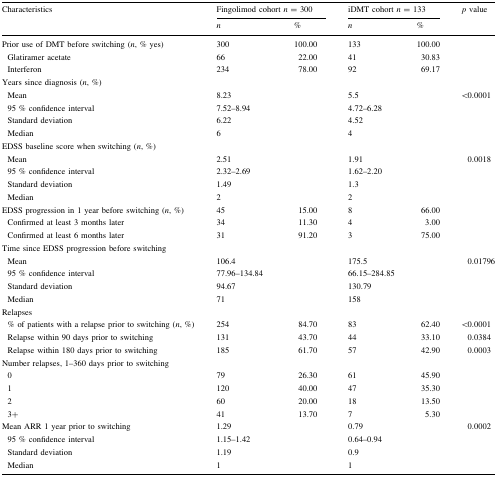
<table><thead><tr><td rowspan="2"><b>Characteristics</b></td><td colspan="2"><b>Fingolimod cohort <i>n</i> = 300</b></td><td colspan="2"><b>iDMT cohort <i>n</i> = 133</b></td><td rowspan="2"><b><i>p</i> value</b></td></tr><tr><td><b><i>n</i></b></td><td><b>%</b></td><td><b><i>n</i></b></td><td><b>%</b></td></tr></thead><tbody><tr><td>Prior use of DMT before switching (<i>n</i>, % yes)</td><td>300</td><td>100.00</td><td>133</td><td>100.00</td><td></td></tr><tr><td> Glatiramer acetate</td><td>66</td><td>22.00</td><td>41</td><td>30.83</td><td></td></tr><tr><td> Interferon</td><td>234</td><td>78.00</td><td>92</td><td>69.17</td><td></td></tr><tr><td colspan="6">Years since diagnosis (<i>n</i>, %)</td></tr><tr><td> Mean</td><td>8.23</td><td></td><td>5.5</td><td></td><td>&lt;0.0001</td></tr><tr><td> 95 % confidence interval</td><td>7.52–8.94</td><td></td><td>4.72–6.28</td><td></td><td></td></tr><tr><td> Standard deviation</td><td>6.22</td><td></td><td>4.52</td><td></td><td></td></tr><tr><td> Median</td><td>6</td><td></td><td>4</td><td></td><td></td></tr><tr><td colspan="6">EDSS baseline score when switching (<i>n</i>, %)</td></tr><tr><td> Mean</td><td>2.51</td><td></td><td>1.91</td><td></td><td>0.0018</td></tr><tr><td> 95 % confidence interval</td><td>2.32–2.69</td><td></td><td>1.62–2.20</td><td></td><td></td></tr><tr><td> Standard deviation</td><td>1.49</td><td></td><td>1.3</td><td></td><td></td></tr><tr><td> Median</td><td>2</td><td></td><td>2</td><td></td><td></td></tr><tr><td>EDSS progression in 1 year before switching (<i>n</i>, %)</td><td>45</td><td>15.00</td><td>8</td><td>66.00</td><td></td></tr><tr><td> Confirmed at least 3 months later</td><td>34</td><td>11.30</td><td>4</td><td>3.00</td><td></td></tr><tr><td> Confirmed at least 6 months later</td><td>31</td><td>91.20</td><td>3</td><td>75.00</td><td></td></tr><tr><td colspan="6">Time since EDSS progression before switching</td></tr><tr><td> Mean</td><td>106.4</td><td></td><td>175.5</td><td></td><td>0.01796</td></tr><tr><td> 95 % confidence interval</td><td>77.96–134.84</td><td></td><td>66.15–284.85</td><td></td><td></td></tr><tr><td> Standard deviation</td><td>94.67</td><td></td><td>130.79</td><td></td><td></td></tr><tr><td> Median</td><td>71</td><td></td><td>158</td><td></td><td></td></tr><tr><td colspan="6">Relapses</td></tr><tr><td> % of patients with a relapse prior to switching (<i>n</i>, %)</td><td>254</td><td>84.70</td><td>83</td><td>62.40</td><td>&lt;0.0001</td></tr><tr><td> Relapse within 90 days prior to switching</td><td>131</td><td>43.70</td><td>44</td><td>33.10</td><td>0.0384</td></tr><tr><td> Relapse within 180 days prior to switching</td><td>185</td><td>61.70</td><td>57</td><td>42.90</td><td>0.0003</td></tr><tr><td colspan="6">Number relapses, 1–360 days prior to switching</td></tr><tr><td> 0</td><td>79</td><td>26.30</td><td>61</td><td>45.90</td><td></td></tr><tr><td> 1</td><td>120</td><td>40.00</td><td>47</td><td>35.30</td><td></td></tr><tr><td> 2</td><td>60</td><td>20.00</td><td>18</td><td>13.50</td><td></td></tr><tr><td> 3+</td><td>41</td><td>13.70</td><td>7</td><td>5.30</td><td></td></tr><tr><td>Mean ARR 1 year prior to switching</td><td>1.29</td><td></td><td>0.79</td><td></td><td>0.0002</td></tr><tr><td> 95 % confidence interval</td><td>1.15–1.42</td><td></td><td>0.64–0.94</td><td></td><td></td></tr><tr><td> Standard deviation</td><td>1.19</td><td></td><td>0.9</td><td></td><td></td></tr><tr><td> Median</td><td>1</td><td></td><td>1</td><td></td><td></td></tr></tbody></table>